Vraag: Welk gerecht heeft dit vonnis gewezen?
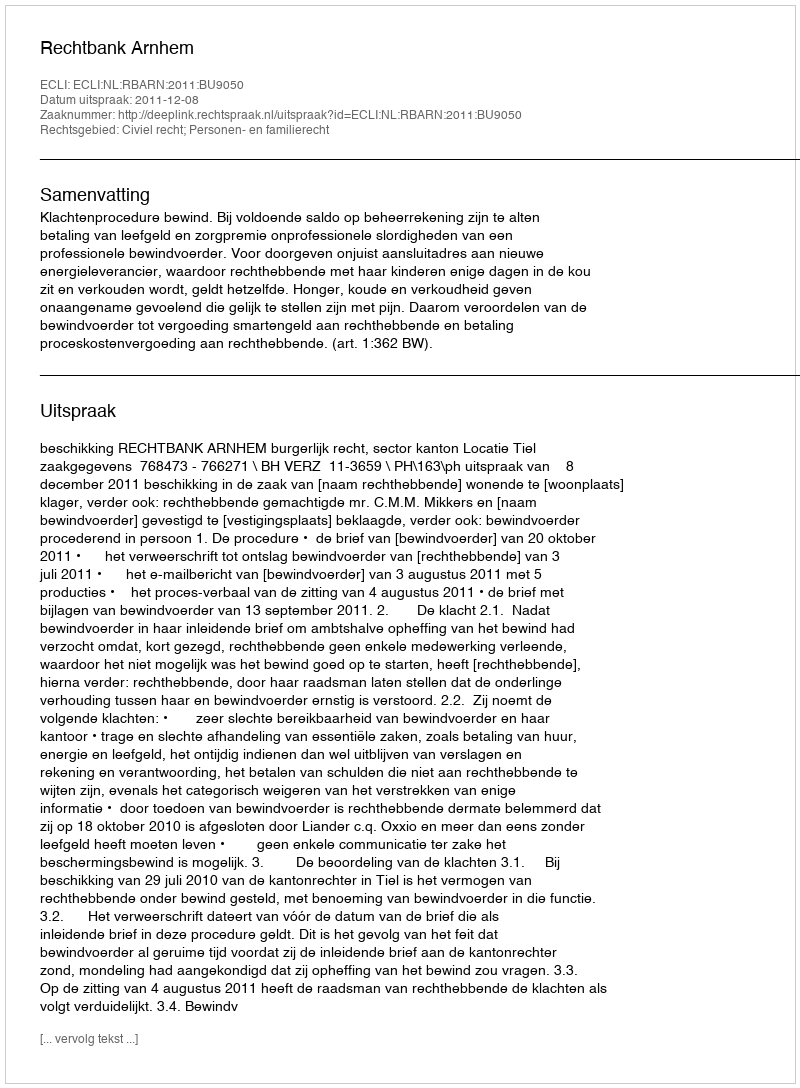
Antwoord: Rechtbank Arnhem